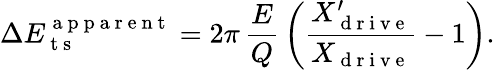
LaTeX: \Delta E_{\mathrm{~t~s~}}^{\mathrm{~a~p~p~a~r~e~n~t~}}=2\pi\, \frac{E}{Q}\, \bigg(\frac{X_{\mathrm{~d~r~i~v~e~}}^{\prime}}{X_{\mathrm{~d~r~i~v~e~}}}-1\bigg).